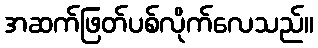
အဆက်ဖြတ်ပစ်လိုက်လေသည်။